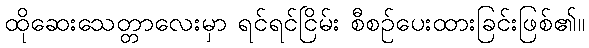
ထိုဆေးသေတ္တာလေးမှာ ရင်ရင်ငြိမ်း စီစဉ်ပေးထားခြင်းဖြစ်၏။